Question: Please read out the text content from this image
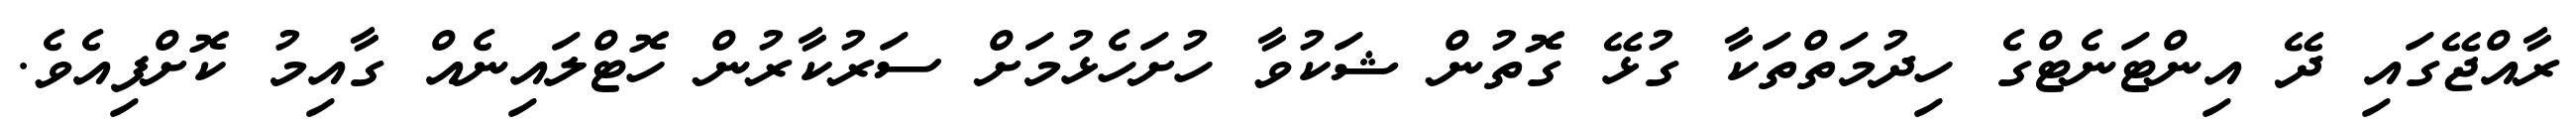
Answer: ރާއްޖޭގައި ދޭ އިންޓަނެޓްގެ ހިދުމަތްތަކާ ގުޅޭ ގޮތުން ޝަކުވާ ހުށަހެޅުމަށް ސަރުކާރުން ހޮޓްލައިނެއް ގާއިމު ކޮށްފިއެވެ.